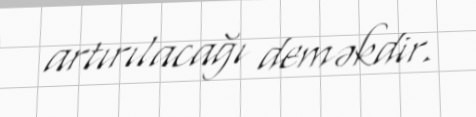
artırılacağı deməkdir.